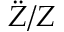
{ \ddot { Z } } / Z